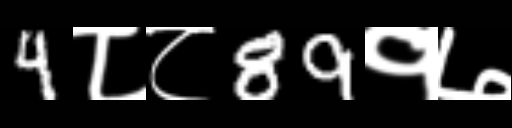
Text: 4८८89१७